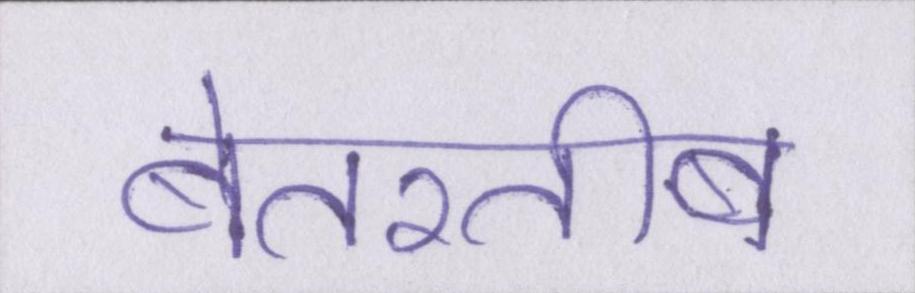
बेतरतीब